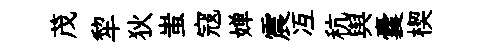
茂犂狄蚩寇婵震冱秔舆囊楔